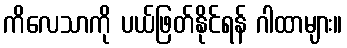
ကိလေသာကို ပယ်ဖြတ်နိုင်ရန် ဂါထာများ။